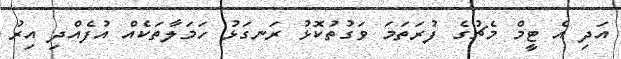
އަދި އެ ޓީމް މެޗުގެ ފުރަތަމަ ވަގުތުކޮޅު ރަނގަޅު ހަމަލާތަކެއް އުފެއްދި އިރު